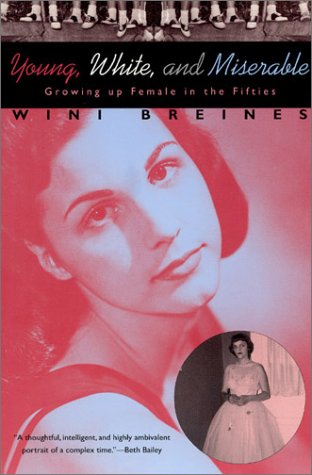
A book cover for Young, White, and Miserable: Growing Up Female in the Fifties; Wini Breines; Politics & Social Sciences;